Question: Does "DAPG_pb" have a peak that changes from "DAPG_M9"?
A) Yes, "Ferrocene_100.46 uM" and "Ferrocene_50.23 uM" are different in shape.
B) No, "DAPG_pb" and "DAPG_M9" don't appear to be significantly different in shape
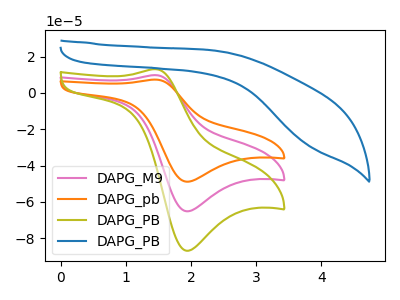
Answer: <think>The pink curve "DAPG_M9" has an anodic peak at (1.45V, 9.85uA) and a cathodic peak at (1.95V, -65.20uA). The orange curve "DAPG_pb" has an anodic peak at (1.45V, 7.35uA) and a cathodic peak at (1.95V, -48.90uA). The olive curve "DAPG_PB" has an anodic peak at (1.45V, 19.65uA) and a cathodic peak at (1.95V, -130.35uA). The blue curve "DAPG_PB" has no peaks.
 All the peaks in "DAPG_pb" have a peak in "DAPG_M9" at the same potential. Every peak in "DAPG_pb" is lower than every peak in "DAPG_M9".</think>
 <answer>B) No, "DAPG_pb" and "DAPG_M9" don't appear to be significantly different in shape</answer>
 <eval>B</eval>